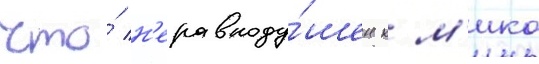
что́ н'еравноду́шен к м'ико